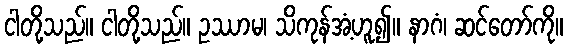
ငါတို့သည်။ ငါတို့သည်။ ဥဿာမ၊ သိကုန်အံ့ဟူ၍။ နာဂံ၊ ဆင်တော်ကို။